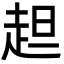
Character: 䞡